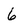
Character: 6